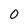
Character: 0